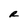
Character: R